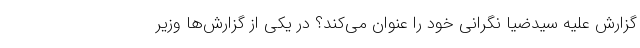
گزارش علیه سیدضیا نگرانی خود را عنوان می‌کند؟ در یکی از گزارش‌ها وزیر